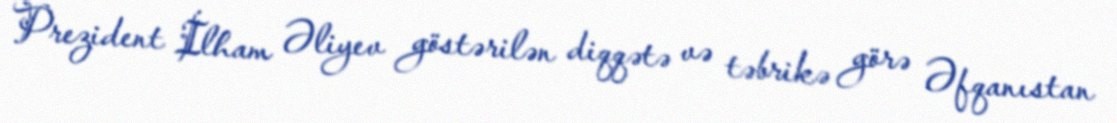
Prezident İlham Əliyev göstərilən diqqətə və təbrikə görə Əfqanıstan